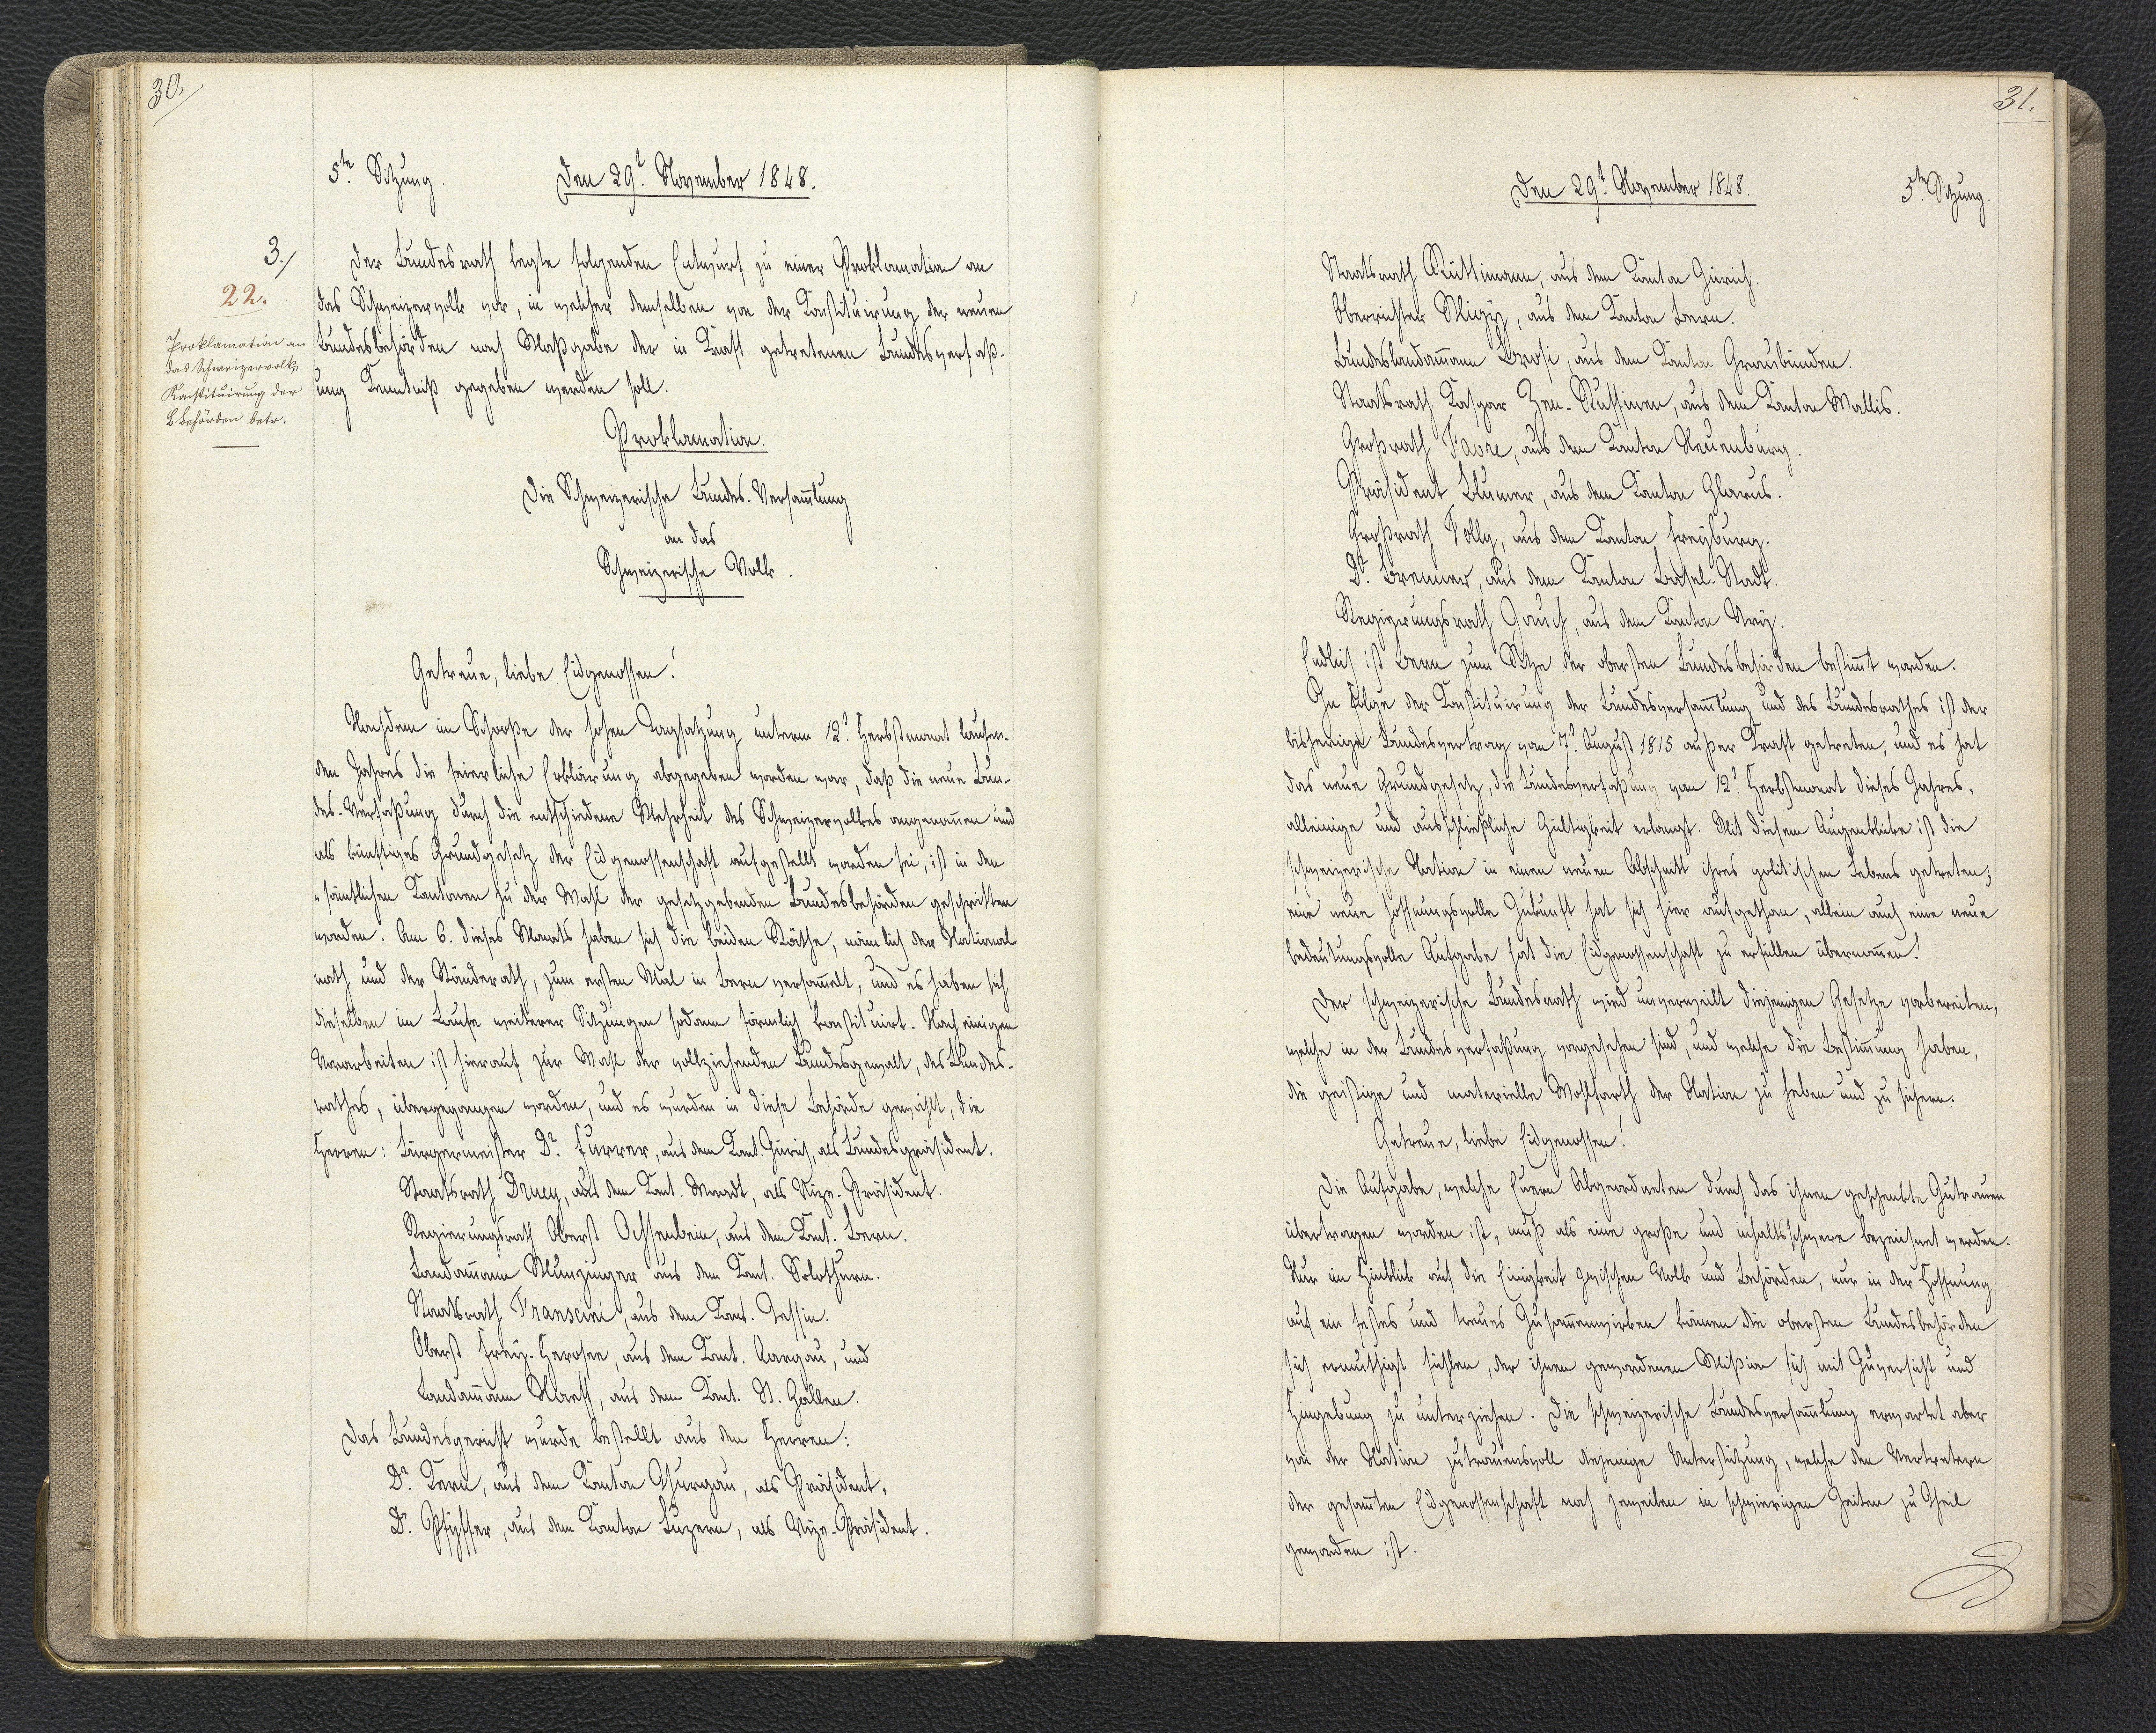
30.

5.te Sitzung.
Den 29.t November 1848.

Der Bundesrath legte folgenden Entwurf zu einer Proklamation an
das Schweizervolk vor, in welcher demselben von der Konstituirung der neuen
Bundesbehörden nach Maßgabe der in Kraft getretenen Bundesverfaß¬
ung Kenntniß gegeben werden soll.
Proklamation.
Die Schweizerische Bundes-Versammlung
an das
Schweizerische Volk.
Getreue, liebe Eidgenossen!
Nachdem im Schooße der hohen Tagsatzung unterm 12.t Herbstmonat laufen¬
den Jahres die feierliche Erklärung abgegeben worden war, daß die neue Bun¬
des-Verfaßung durch die entschiedene Mehrheit des Schweizervolkes angenommen und
als künftiges Grundgesetz der Eidgenossenschaft aufgestellt worden sei, ist in den
sämmtlichen Kantonen zu der Wahl der gesetzgebenden Bundesbehörden geschritten
worden. Am 6. dieses Monats haben sich die beiden Räthe, nämlich der National
rath und der Ständerath, zum ersten Mal in Bern versammelt, und es haben sich
dieselben im Laufe weiterer Sitzungen sodann förmlich konstituirt. Nach einigen
Vorarbeiten ist hierauf zur Wahl der vollziehenden Bundesgewalt, des Bundes¬
rathes, übergegangen worden, und es wurden in diese Behörde gewählt, die
Herren: Bürgermeister Dr. Furrer, aus dem Kant. Zürich, als Bundespräsident.
Staatsrath Druey, aus dem Kant. Waadt, als Vize. Präsident.
Regierungsrath Oberst Ochsenbein, aus dem Kant. Bern.
Landammann Munzinger aus dem Kant. Solothurn.
Staatsrath Franscini, aus dem Kant. Tessin.
Oberst Frey-Herosee, aus dem Kant. Aargau, und
Landammann Naeff, aus dem Kant. St. Gallen.
Das Bundesgericht wurde bestellt aus den Herren:
Dr. Kern, aus dem Kanton Thurgau, als Präsident,
Dr. Pfyffer, aus dem Kanton Luzern, als Vize-Präsident.

3.
22.
Proklamation an
das Schweizervolk,
Konstituirung der
B Behörden betr.

31.

Den 29.t November 1848.
5.te Sitzung.

Staatsrath Rüttimann, aus dem Kanton Zürich.
Oberrichter Migy, aus dem Kanton Bern.
Bundeslandammann Brosi, aus dem Kanton Graubünden.
Staatsrath Kaspar Zen-Ruffinen, aus dem Kanton Wallis.
Großrath Favre, aus dem Kanton Neuenburg.
Präsident Blumer, aus dem Kanton Glarus.
Großrath Folly, aus dem Kanton Freyburg.
Dr. Brenner, aus dem Kanton Basel-Stadt.
Regierungsrath Jauch, aus dem Kanton Ury.
Endlich ist Bern zum Sitze der obersten Bundesbehörden bestimmt worden.
In Folge der Konstituirung der Bundesversammlung und des Bundesrathes ist der
bisherige Bundesvertrag vom 7. August 1815 außer Kraft getreten, und es hat
das neue Grundgesetz, die Bundesverfaßung vom 12.t Herbstmonat dieses Jahres,
alleinige und ausschließliche Gültigkeit erlangt. Mit diesem Augenblicke ist die
schweizerische Nation in einen neuen Abschnitt ihres politischen Lebens getreten;
eine neue hoffnungsvolle Zukunft hat sich hier aufgethan, allein auch eine neue
bedeutungsvolle Aufgabe hat die Eidgenossenschaft zu erfüllen übernommen!
Der schweizerische Bundesrath wird unverweilt diejenigen Gesetze vorbereiten,
welche in der Bundesverfaßung vorgesehen sind, und welche die Bestimmung haben,
die geistige und materielle Wohlfarth der Nation zu haben und zu sichern.
Getreue, liebe Eidgenossen!
Die Aufgabe, welche Euren Abgeordneten durch das ihnen geschenkte Zutrauen
übertragen worden ist, muß als eine große und inhaltsschwere bezeichnet werden.
Nur im Hinblick auf die Einigkeit zwischen Volk und Behörden, nur in der Hoffnung
auf ein festes und treues Zusammenwirken können die obersten Bundesbehörden
sich ermuthigt fühlen, der ihnen gewordenen Mißion sich mit Zuversicht und
Hingebung zu unterziehen. Die schweizerische Bundesversammlung erwartet aber
von der Nation zutrauensvoll diejenige Unterstützung, welche den Vertretern
der gesammten Eidgenossenschaft noch jeweilen in schwierigen Zeiten zu Theil
geworden ist.